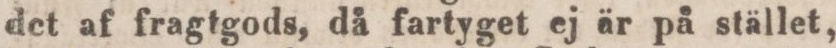
det af fragtgods, då fartyget ej är på stället,